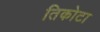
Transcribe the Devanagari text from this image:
तिकोटा